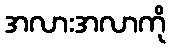
အလားအလာကို